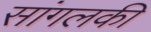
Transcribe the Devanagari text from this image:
सांगलकी